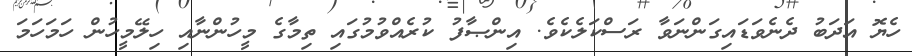
ހެޔޮ އަދަބު ދެނެވަޑައިގަންނަވާ ރަސްކަލެކެވެ. އިންޞާފު ކުރެއްވުމުގައި ތިމާގެ މީހުންނާއި ހިލޭމީހުން ހަމަހަމަ